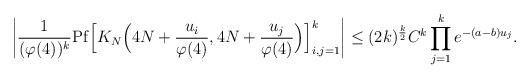
LaTeX: \begin{align*} \left| \frac{1}{(\varphi(4))^k} \mathrm{Pf} \Big[ K_{N}\Big(4N+\frac{u_i}{\varphi(4)}, 4N+\frac{u_j}{\varphi(4)}\Big) \Big]_{i,j = 1}^{k} \right| \leq (2k)^{\frac{k}{2}} C^{k} \prod_{j=1}^{k} e^{-(a-b)u_{j}}. \end{align*}